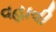
વહાવી